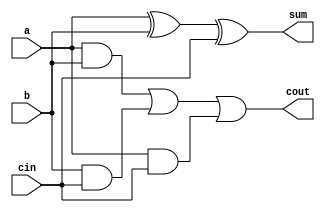
module FA(
    input  a,
    input  b,
    input  cin, 
    output sum,
    output cout
);
	wire wi0,wi1,wi2;
	// put your design here
	and(wi0,a,b);
	and(wi1,b,cin);
	and(wi2,a,cin);
	or(cout,wi0,wi1,wi2);
	xor(sum,a,b,cin);
endmodule